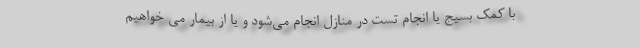
با کمک بسیج یا انجام تست در منازل انجام می‌شود و یا از بیمار می خواهیم